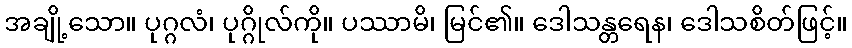
အချို့သော။ ပုဂ္ဂလံ၊ ပုဂ္ဂိုလ်ကို။ ပဿာမိ၊ မြင်၏။ ဒေါသန္တရေန၊ ဒေါသစိတ်ဖြင့်။